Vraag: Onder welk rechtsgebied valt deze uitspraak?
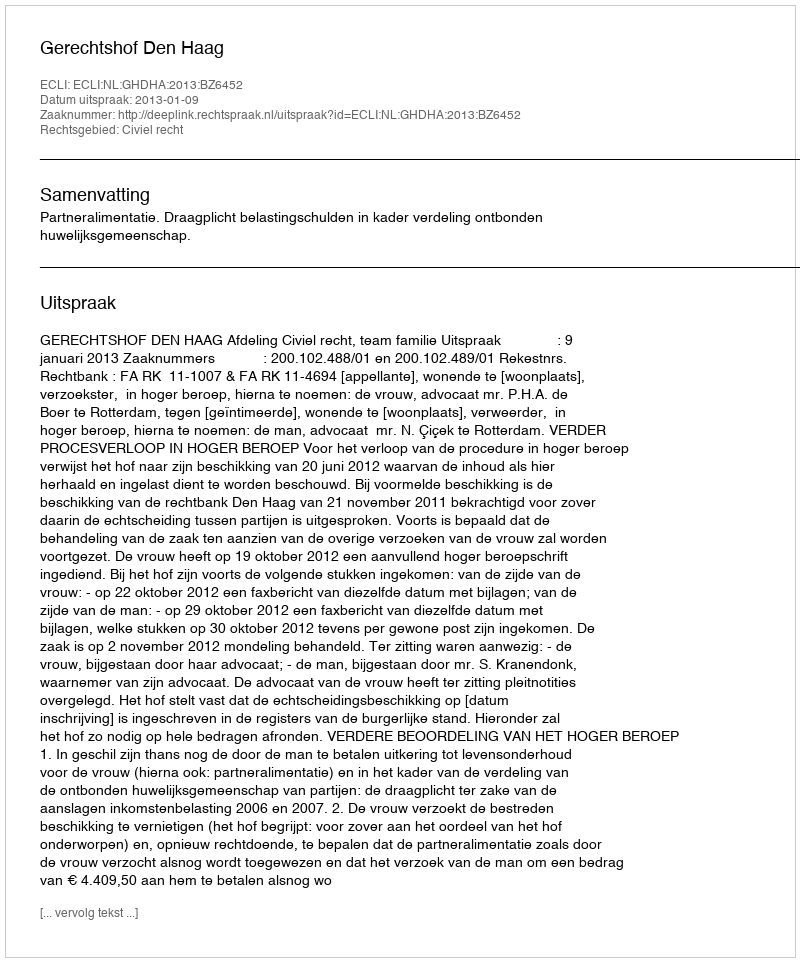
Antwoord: Civiel recht